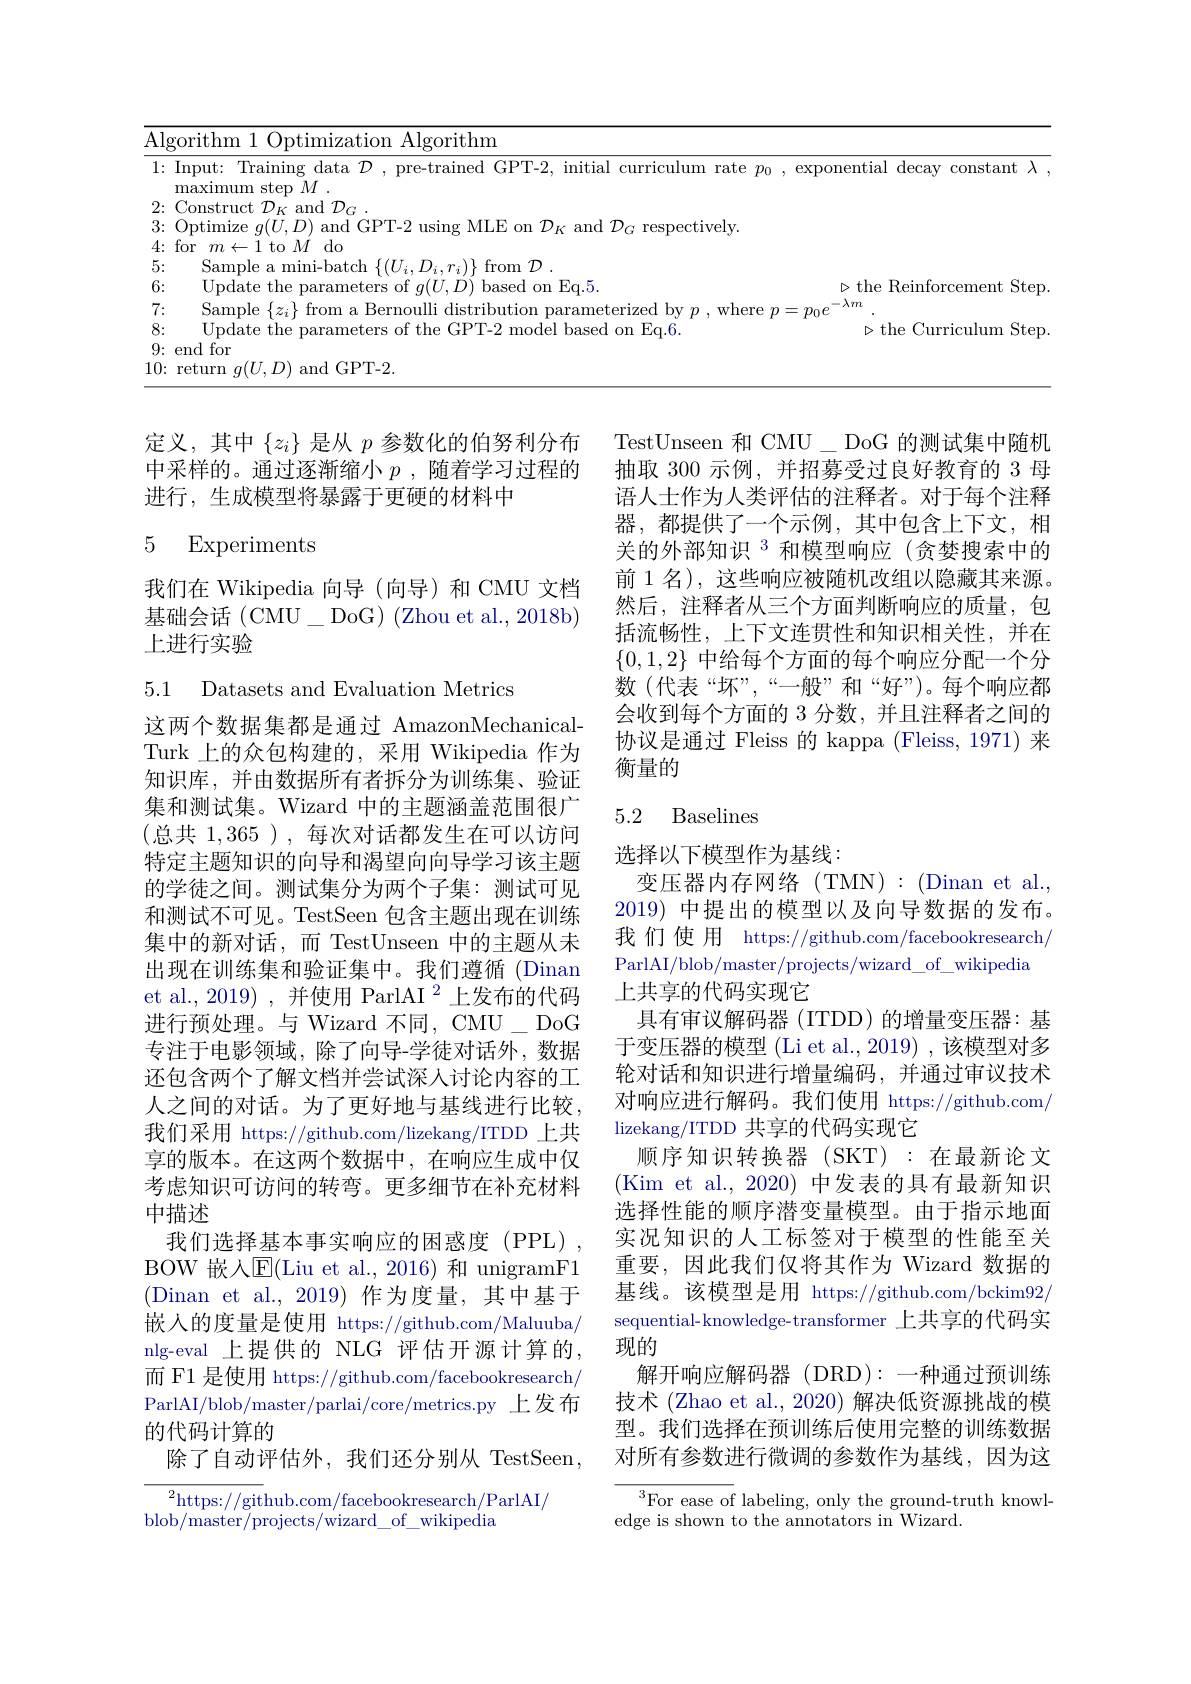
<table>
	<tbody>
		<tr>
			<td>$\overline{\mathrm{Algo}}$</td>
			<td> </td>
		</tr>
		<tr>
			<td>$Ir$ 1: m</td>
			<td>$\lambda$</td>
		</tr>
		<tr>
			<td>2:</td>
			<td> </td>
		</tr>
		<tr>
			<td>3: 1</td>
			<td> </td>
		</tr>
		<tr>
			<td>4: $fc$</td>
			<td> </td>
		</tr>
		<tr>
			<td>5:</td>
			<td> </td>
		</tr>
		<tr>
			<td>6:</td>
			<td>$\exp$</td>
		</tr>
		<tr>
			<td>7:</td>
			<td> </td>
		</tr>
		<tr>
			<td>8:</td>
			<td>ep</td>
		</tr>
		<tr>
			<td>9: el</td>
			<td> </td>
		</tr>
		<tr>
			<td>10: $rt$</td>
			<td> </td>
		</tr>
	</tbody>
</table>

定义，其中$\{z_i\}$是从$p$参数化的伯努利分布中采样的。通过逐渐缩小$p$ ,随着学习过程的进行，生成模型将暴露于更硬的材料中

### 5 Experiments

TestUnseen 和 CMU\_ DoG 的测试集中随机抽取 300 示例，并招募受过良好教育的 3 母语人士作为人类评估的注释者。对于每个注释器，都提供了一个示例，其中包含上下文，相关的外部知识$^3$ 和模型响应(贪婪搜索中的前 1 名), 这些响应被随机改组以隐藏其来源。然后，注释者从三个方面判断响应的质量，包括流畅性，上下文连贯性和知识相关性，并在$\{0,1,2\}$中给每个方面的每个响应分配一个分数(代表“坏”,“一般”和“好”)。每个响应都会收到每个方面的 3 分数，并且注释者之间的协议是通过 Fleiss 的 kappa (Fleiss, 1971) 来衡量的

我们在 Wikipedia 向导(向导)和 CMU 文档基础会话(CMU\_DoG)(Zhou et al., 2018b) 上进行实验

5.1 Datasets and Evaluation Metrics

## 5.2 Baselines

这两个数据集都是通过 AmazonMechanicalTurk 上的众包构建的，采用 Wikipedia 作为知识库，并由数据所有者拆分为训练集、验证集和测试集。Wizard 中的主题涵盖范围很广(总共 1,365 ),每次对话都发生在可以访问特定主题知识的向导和渴望向向导学习该主题的学徒之间。测试集分为两个子集：测试可见和测试不可见。TestSeen 包含主题出现在训练集中的新对话，而 TestUnseen 中的主题从未出现在训练集和验证集中。我们遵循 (Dinan et al.,2019) ,并使用 ParlAI $^{2}$上发布的代码进行预处理。与 Wizard 不同，CMU\_ DoG 专注于电影领域，除了向导-学徒对话外，数据还包含两个了解文档并尝试深人讨论内容的工人之间的对话。为了更好地与基线进行比较， 我们采用 https://github.com/lizekang/ITDD 上共享的版本。在这两个数据中，在响应生成中仅考虑知识可访问的转弯。更多细节在补充材料中描述
我们选择基本事实响应的困惑度(PPL), BOW 嵌入E(Liu et al., 2016) 和 unigramF1 (Dinan et al.,2019)作为度量，其中基于嵌入的度量是使用 https://github.com/Maluuba/ nlg-eval 上提供的 NLG 评估开源计算的， 而 F1 是使用 https://github.com/facebookresearch/ ParlAI/blob/master/parlai/core/metrics.py 上发布的代码计算的
除了自动评估外，我们还分别从 TestSeen,
$^2$https://github.com/facebookresearch/ParlAI/

选择以下模型作为基线：
变压器内存网络(TMN):(Dinan et al. 2019)中提出的模型以及向导数据的发布。我们使用 https://github.com/facebookresearch/ ParlAI/blob/master/projects/wizard\_of\_wikipedia 上共享的代码实现它
具有审议解码器 (ITDD) 的增量变压器：基于变压器的模型 (Li et al., 2019) , 该模型对多轮对话和知识进行增量编码，并通过审议技术对响应进行解码。我们使用 https://github.com/ lizekang/ITDD 共享的代码实现它
顺序知识转换器 (SKT):在最新论文(Kim et al., 2020) 中发表的具有最新知识选择性能的顺序潜变量模型。由于指示地面实况知识的人工标签对于模型的性能至关重要，因此我们仅将其作为 Wizard 数据的基线。该模型是用 https://github.com/bckim92/ sequential-knowledge-transformer 上共享的代码实现的
解开响应解码器(DRD):一种通过预训练技术 (Zhao et al., 2020) 解决低资源挑战的模型。我们选择在预训练后使用完整的训练数据对所有参数进行微调的参数作为基线，因为这

blob/master/projects/wizard\_of\_wikipedia

$^3$For ease of labeling, only the ground-truth knowl-
edge is shown to the annotators in Wizard.